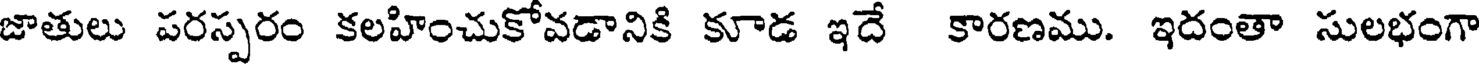
జాతులు పరస్పరం కలహించుకోవడానికి కూడ ఇదే కారణము. ఇదంతా సులభంగా